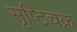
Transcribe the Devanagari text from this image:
सृष्टिचक्र